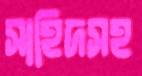
সাহিদসহ